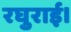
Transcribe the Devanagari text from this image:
रघुराई।